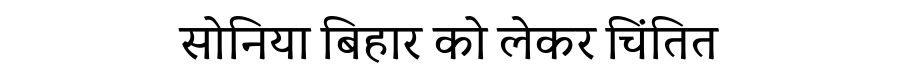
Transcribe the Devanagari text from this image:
सोनिया बिहार को लेकर चिंतित